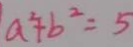
a ^ { 2 } + b ^ { 2 } = 5